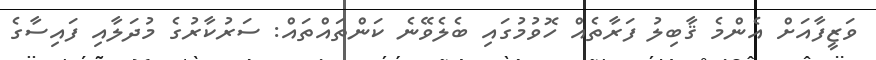
ވަޒީފާއަށް އެންމެ ޤާބިލު ފަރާތެއް ހޮވުމުގައި ބެލެވޭނެ ކަންތައްތައް: ސަރުކާރުގެ މުދަލާއި ފައިސާގެ